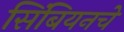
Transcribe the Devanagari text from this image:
सिंबियनचे